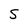
Character: S